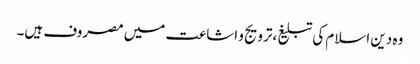
وہ دین اسلام کی تبلیغ،ترویج و اشاعت میں مصروف ہیں۔